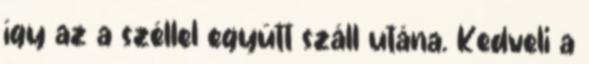
így az a széllel együtt száll utána. Kedveli a